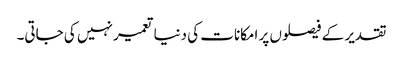
تقدیر کے فیصلوں پر امکانات کی دنیا تعمیر نہیں کی جاتی۔